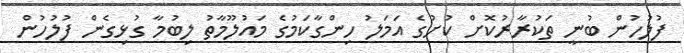
ފުލުހުން ބުނީ ތަކުރާރުކޮށް ކުށުގެ އަމަލު ހިންގާކަމުގެ މައުލޫމާތު ލިބުމާ ގުޅިގެން ފުލުހުން